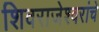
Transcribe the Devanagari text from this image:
शिवराजेश्वरांचे